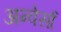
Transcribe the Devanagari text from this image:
अन्वेर्सा